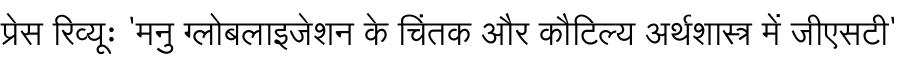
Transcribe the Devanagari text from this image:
प्रेस रिव्यूः 'मनु ग्लोबलाइजेशन के चिंतक और कौटिल्य अर्थशास्त्र में जीएसटी'